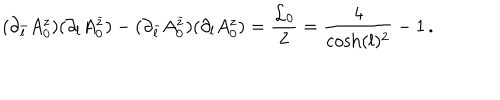
( \partial _ { \bar { l } } A _ { 0 } ^ { z } ) ( \partial _ { l } A _ { 0 } ^ { \bar { z } } ) - ( \partial _ { \bar { l } } A _ { 0 } ^ { \bar { z } } ) ( \partial _ { l } A _ { 0 } ^ { z } ) = \frac { { \cal L } _ { 0 } } { 2 } = \frac { 4 } { \cosh ( l ) ^ { 2 } } - 1 \, .